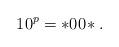
LaTeX: \begin{align*}10^p = *00\!*.\end{align*}